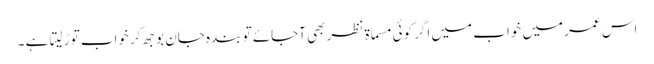
اس عمر میں خواب میں اگر کوئی مسماۃ نظر بھی آجائے تو بندہ جان بوجھ کر خواب توڑ لیتا ہے ۔